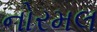
નોરમલ